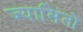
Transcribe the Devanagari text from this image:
ज्यासिंतो